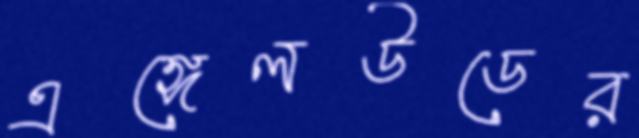
এঙ্গেলউডের